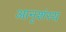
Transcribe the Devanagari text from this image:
आनृशंस्य